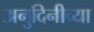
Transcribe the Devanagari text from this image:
अनुदिनीच्या